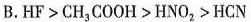
B.HF>CH_{3}COOH>HNO_{2}>HCN